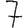
Digit: 7